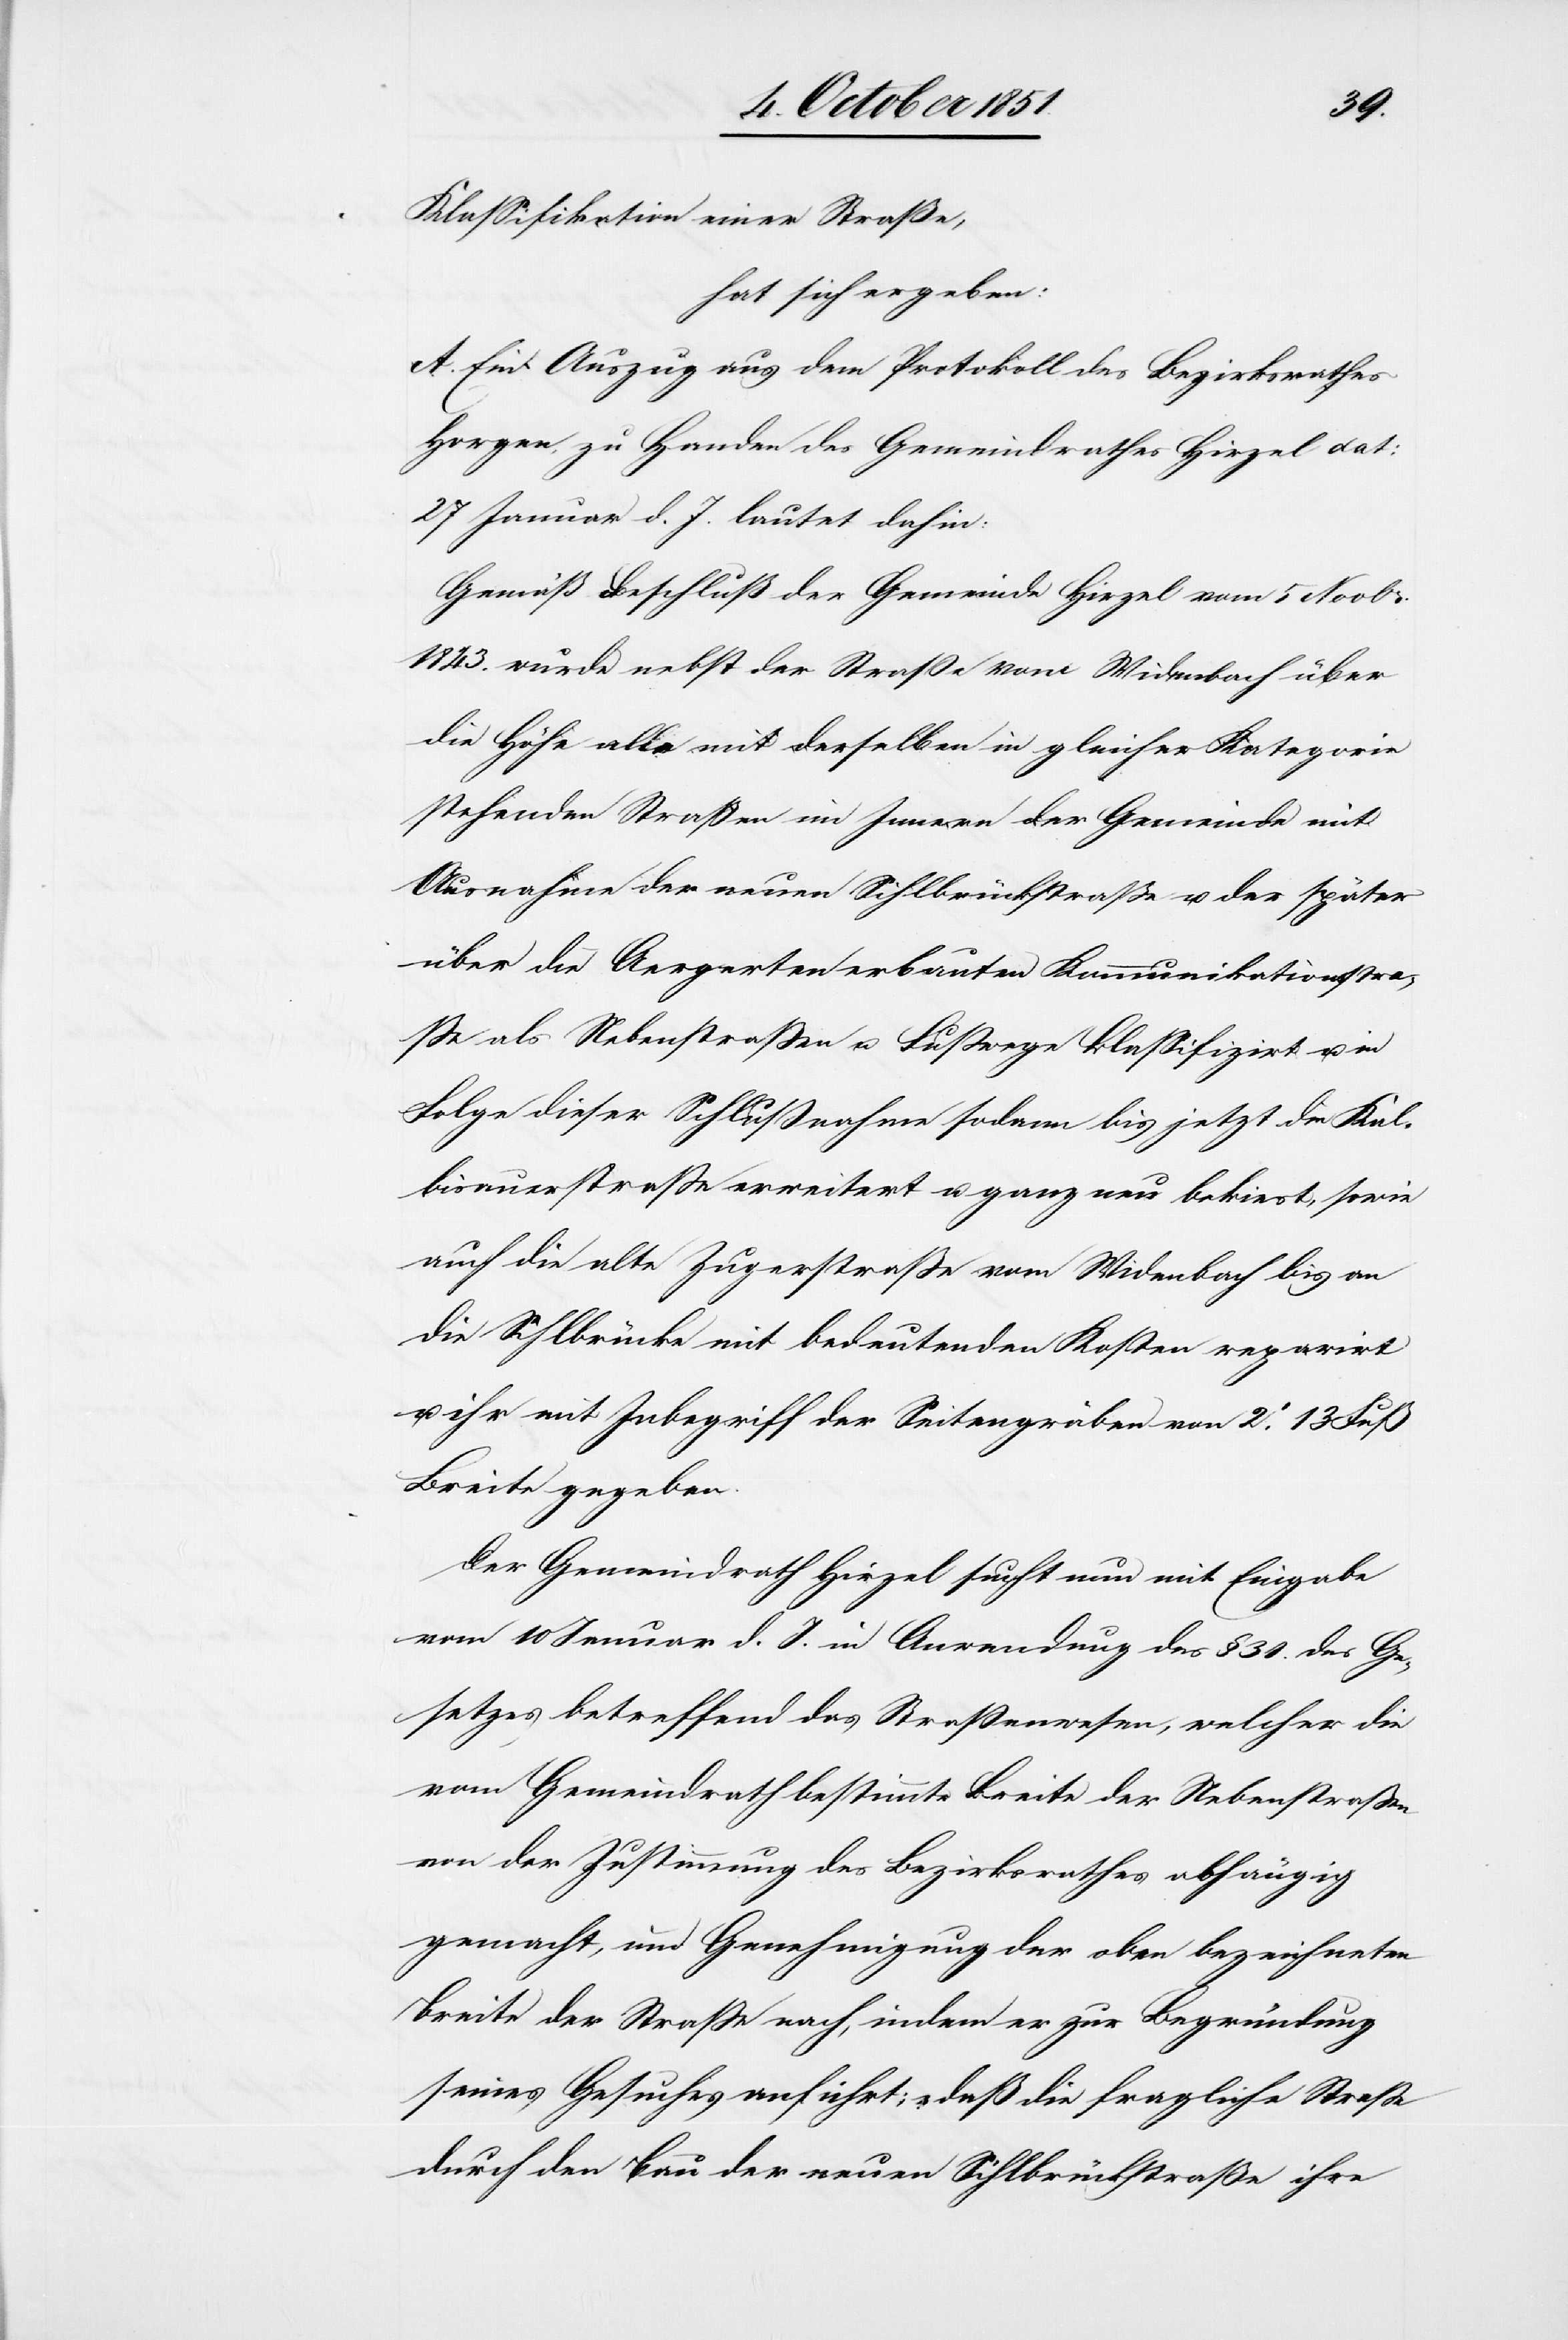
Klassifikation einer Straße,
hat sich ergeben:
A. Ein Auszug aus dem Protokoll des Bezirksrathes
Horgen, zu Handen des Gemeindrathes Hirzel dat:
27 Januar d. J. lautet dahin:
Gemäß Beschluß der Gemeinde Hirzel vom 5 Novbr.
1843. wurde[n] nebst der Straße vom Widenbach über
die Höfe alle mit derselben in gleicher Kategorie
stehenden Straßen im Innern der Gemeinde mit
Ausnahme der neuen Sihlbrückstraße u. der später
über die Aeegerten [sic!] erbauten Kommunikationsstra¬
ße als Nebenstraßen u. Fußwege klassifizirt u.
Folge dieser Schlußnahme sodann bis jetzt die Kal¬
bisauerstraße erweitert u. ganz neu bekiest, sowie
auch die alte Zugerstraße vom Widenbach bis an
die Sihlbrücke mit bedeutenden Kosten reparirt
u. ihr mit Inbegriff der Seitengräben von 2.‘ 13 Fuß
Breite gegeben.
Der Gemeindrath Hirzel sucht nun mit Eingabe
vom 10 Januar d. J. in Anwendung des §. 31. des Ge¬
setzes betreffend das Straßenwesen, welcher die
vom Gemeindrath bestimmte Breite der Nebenstraßen
von der Zustimmung des Bezirksrathes abhängig
gemacht, um Genehmigung der oben bezeichneten
Breite der Straße nach, indem er zur Begründung
seines Gesuches anführt; „daß die fragliche Straße
durch den Bau der neuen Sihlbrückstraße ihre